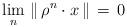
LaTeX: \begin{align*}\lim_n\, \|\,\rho^n \cdot x\,\|\,=\,0\end{align*}